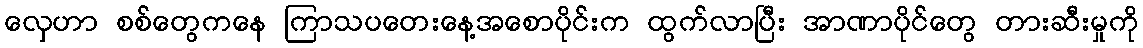
လှေဟာ စစ်တွေကနေ ကြာသပတေးနေ့အစောပိုင်းက ထွက်လာပြီး အာဏာပိုင်တွေ တားဆီးမှုကို